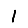
Digit: 1